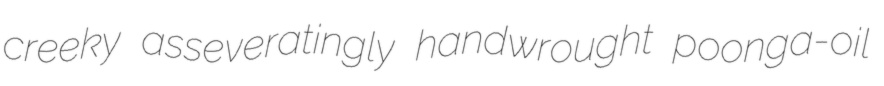
creeky asseveratingly handwrought poonga-oil